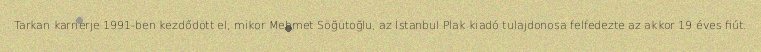
Tarkan karrierje 1991-ben kezdődött el, mikor Mehmet Söğütoğlu, az İstanbul Plak kiadó tulajdonosa felfedezte az akkor 19 éves fiút.